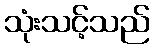
သုံးသင့်သည်